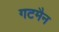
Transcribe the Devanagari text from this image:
गटमैन